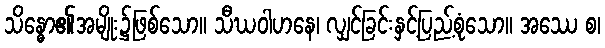
သိန္ဓော၏အမျိုး၌ဖြစ်သော။ သီဃဝါဟနေ၊ လျှင်ခြင်းနှင့်ပြည့်စုံသော။ အဿေ စ၊